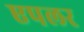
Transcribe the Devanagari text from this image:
एपलर